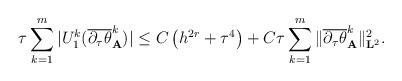
LaTeX: \begin{align*}\begin{array}{@{}l@{}}{\displaystyle \tau \sum_{k=1}^{m} |U_1^{k}(\overline{\partial_{\tau} \theta}_{\mathbf{A}}^{k})| \leq C\left(h^{2r}+\tau^{4}\right)+ C\tau\sum_{k=1}^{m} \|\overline{\partial_{\tau} \theta}_{\mathbf{A}}^{k}\|_{\mathbf{L}^2}^{2}.}\end{array}\end{align*}